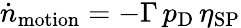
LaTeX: \dot{n}_{\mathrm{motion}}=-\Gamma\, p_{\mathrm{D}}\, \eta_{\mathrm{SP}}